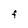
Character: F